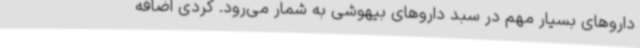
داروهای بسیار مهم در سبد داروهای بیهوشی به شمار می‌رود. کردی اضافه